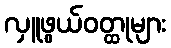
လှူဖွယ်ဝတ္ထုများ